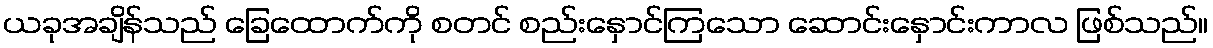
ယခုအချိန်သည် ခြေထောက်ကို စတင် စည်းနှောင်ကြသော ဆောင်းနှောင်းကာလ ဖြစ်သည်။